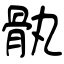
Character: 骫